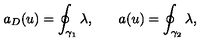
a _ { D } ( u ) = \oint _ { \gamma _ { 1 } } \lambda , \: \: \: \: \: \: \: \: a ( u ) = \oint _ { \gamma _ { 2 } } \lambda ,